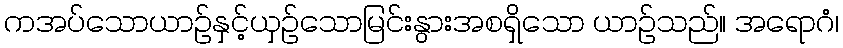
ကအပ်သောယာဉ်နှင့်ယှဉ်သောမြင်းနွားအစရှိသော ယာဉ်သည်။ အရောဂံ၊